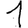
Digit: 1